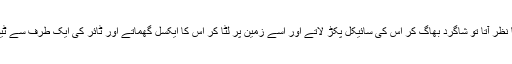
کوئی گاہک پیدل چلتا نظر آتا تو شاگرد بھاگ کر اس کی سائیکل پکڑ لاتے اور اسے زمین پر لٹا کر اس کا ایکسل گھماتے اور ٹائر کی ایک طرف سے ٹیوب باہر کھینچ لیتے۔